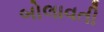
બોલાવતી